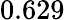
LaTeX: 0.629